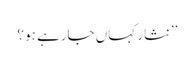
’’نثار کہاں جارہے ہو ؟